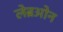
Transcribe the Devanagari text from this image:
लेब्रओन